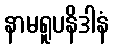
နာမရူပနိဒါနံ